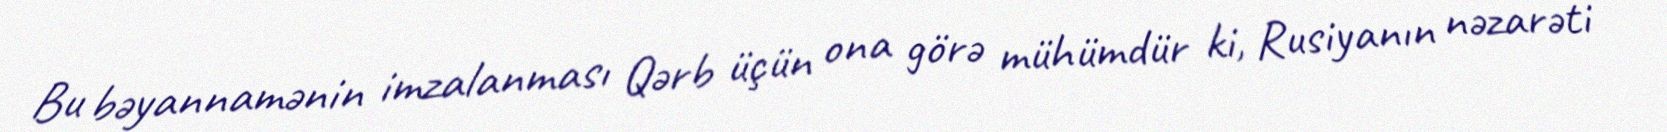
Bu bəyannamənin imzalanması Qərb üçün ona görə mühümdür ki, Rusiyanın nəzarəti